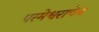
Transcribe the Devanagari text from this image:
परमेश्वराचेच